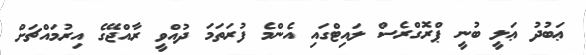
ޢަބުދު ޢަލީ ބުނީ ޕްރޮގްރެސް ލައިޓްގައި އެންމެ ފުރަތަމަ ދުއްވީ ރާއްޖޭގެ އިރުމައްޗަށް